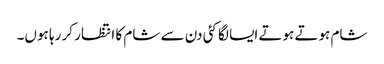
شام ہوتے ہوتے ایسا لگا کئی دن سے شام کا انتظار کر رہا ہوں۔